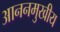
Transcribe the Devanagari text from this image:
आननमुखीय